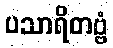
ပသာရိတဗ္ဗံ